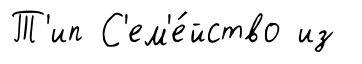
Т'ип С'ем'е́йство из